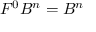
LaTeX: F ^ { 0 } B ^ { n } = B ^ { n }